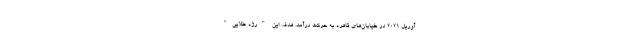
آوریل ۲۰۲۱ در خیابان‌های قاهره به حرکت درآمد. هدف این "رژه طلایی"